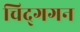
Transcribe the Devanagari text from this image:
चिद्‌गगन